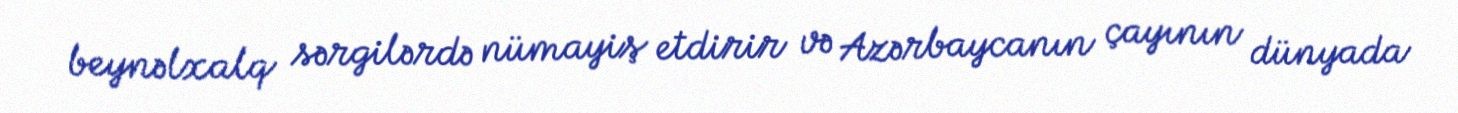
beynəlxalq sərgilərdə nümayiş etdirir və Azərbaycanın çayının dünyada